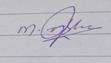
Signature authenticity: genuine